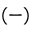
( - )